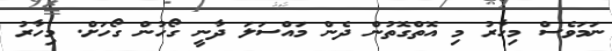
ނަމަވެސް މިހާރު މި އޮތްގޮތުން ދެން މައްސަލަ ދާނީ ގޯހުން ގޯހަށް. މިހާރު